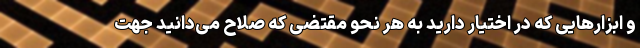
و ابزارهایی که در اختیار دارید به هر نحو مقتضی که صلاح می‌دانید جهت